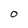
Character: O